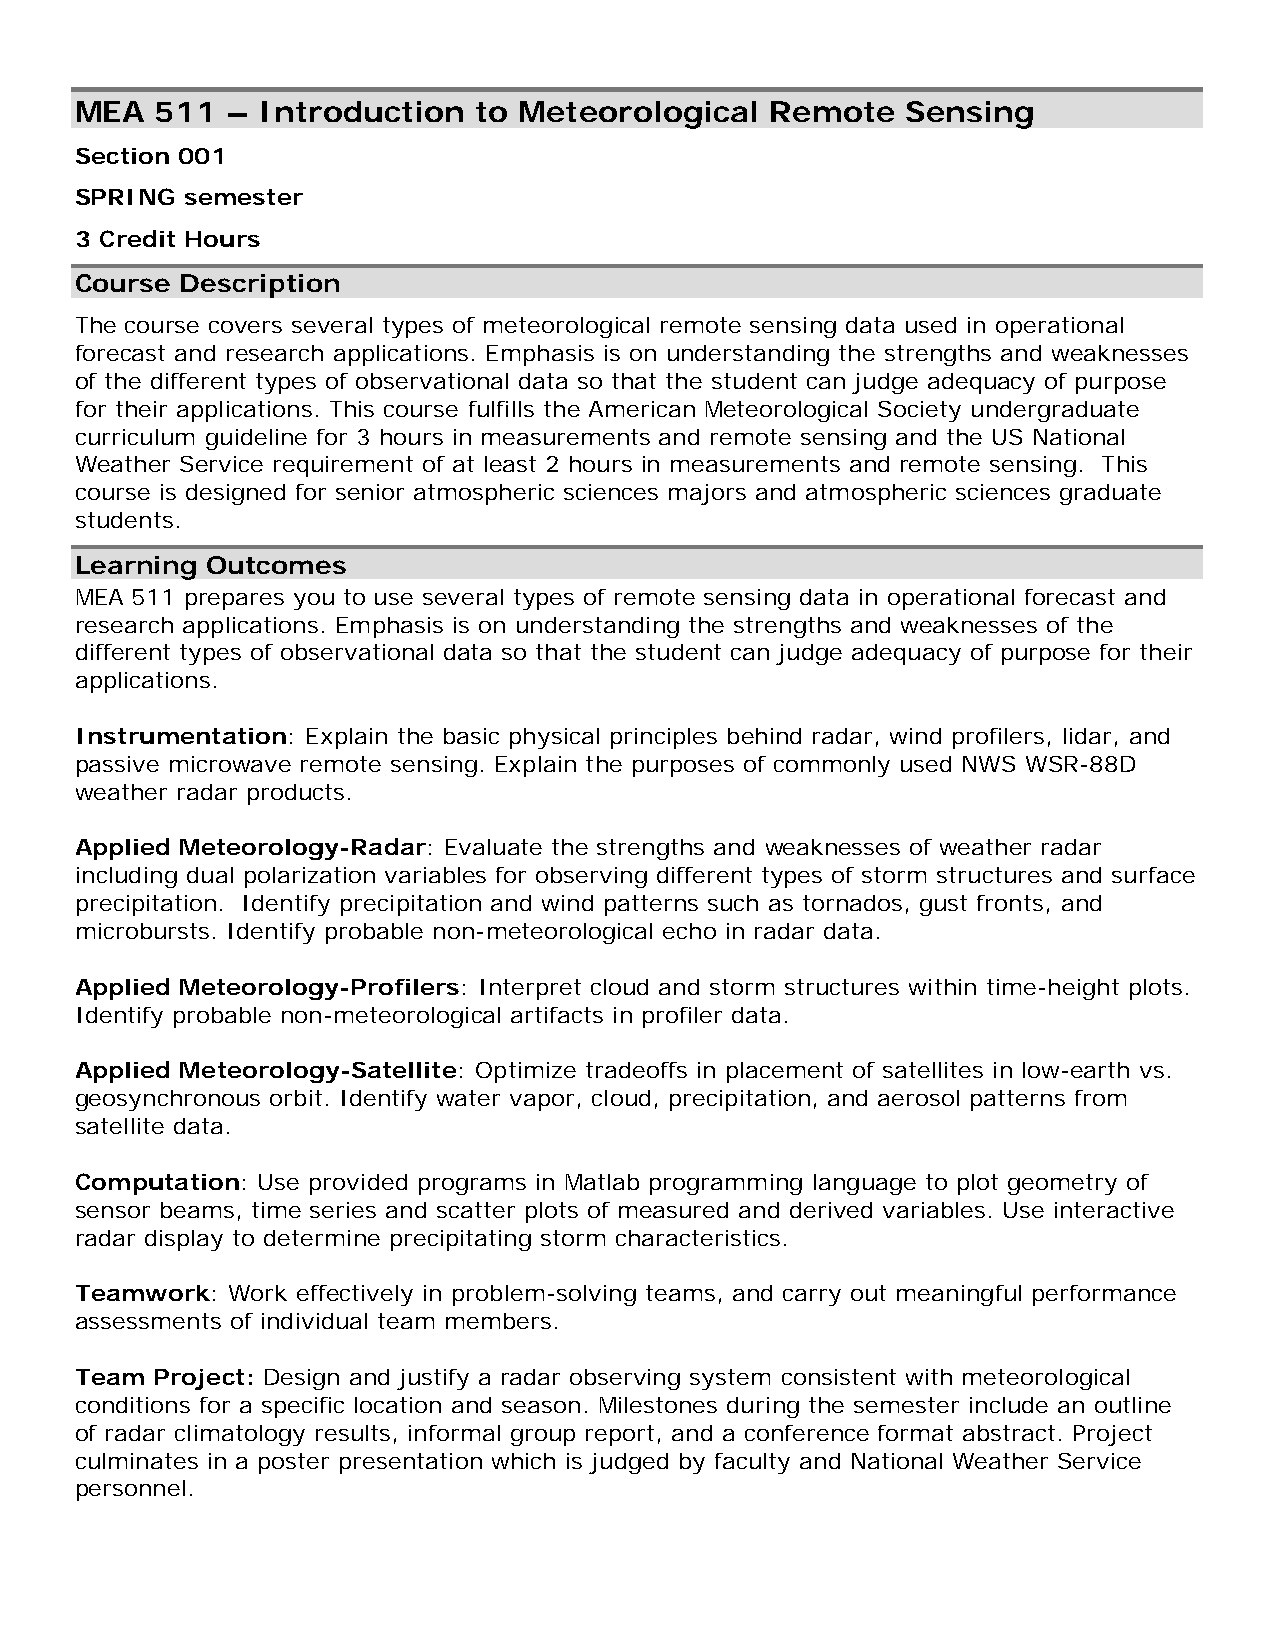
MEA  511  – Introduction  to Meteorological   Remote   Sensing
 Section 001
 SPRING semester
 3 Credit Hours
 Course Description
 The course covers several types of meteorological remote sensing data used in operational
 forecast and research applications. Emphasis is on understanding the strengths and weaknesses
 of the different types of observational data so that the student can judge adequacy of purpose
 for their applications. This course fulfills the American Meteorological Society undergraduate
 curriculum guideline for 3 hours in measurements and remote sensing and the US National
 Weather Service requirement of at least 2 hours in measurements and remote sensing. This
 course is designed for senior atmospheric sciences majors and atmospheric sciences graduate
 students.
 Learning Outcomes
 MEA 511 prepares you to use several types of remote sensing data in operational forecast and
 research applications. Emphasis is on understanding the strengths and weaknesses of the
 different types of observational data so that the student can judge adequacy of purpose for their
 applications.
 Instrumentation: Explain the basic physical principles behind radar, wind profilers, lidar, and
 passive microwave remote sensing. Explain the purposes of commonly used NWS WSR-88D
 weather radar products.
 Applied Meteorology-Radar: Evaluate the strengths and weaknesses of weather radar
 including dual polarization variables for observing different types of storm structures and surface
 precipitation. Identify precipitation and wind patterns such as tornados, gust fronts, and
 microbursts. Identify probable non-meteorological echo in radar data.
 Applied Meteorology-Profilers: Interpret cloud and storm structures within time-height plots.
 Identify probable non-meteorological artifacts in profiler data.
 Applied Meteorology-Satellite: Optimize tradeoffs in placement of satellites in low-earth vs.
 geosynchronous orbit. Identify water vapor, cloud, precipitation, and aerosol patterns from
 satellite data.
 Computation: Use provided programs in Matlab programming language to plot geometry of
 sensor beams, time series and scatter plots of measured and derived variables. Use interactive
 radar display to determine precipitating storm characteristics.
 Teamwork: Work effectively in problem-solving teams, and carry out meaningful performance
 assessments of individual team members.
 Team Project: Design and justify a radar observing system consistent with meteorological
 conditions for a specific location and season. Milestones during the semester include an outline
 of radar climatology results, informal group report, and a conference format abstract. Project
 culminates in a poster presentation which is judged by faculty and National Weather Service
 personnel.